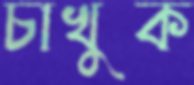
চাখুক